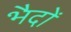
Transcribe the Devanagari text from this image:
भैदों